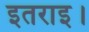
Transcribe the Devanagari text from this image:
इतराइ।